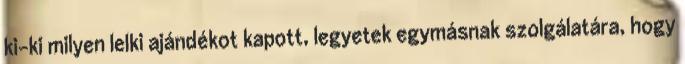
ki-ki milyen lelki ajándékot kapott, legyetek egymásnak szolgálatára, hogy